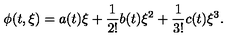
\phi ( t , \xi ) = a ( t ) \xi + \frac { 1 } { 2 ! } b ( t ) \xi ^ { 2 } + \frac { 1 } { 3 ! } c ( t ) \xi ^ { 3 } .